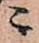
ニ